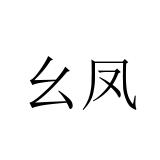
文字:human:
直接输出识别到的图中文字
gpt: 幺凤